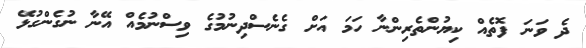
ދެ ވަނަ ފޮތެއް ކިޔުންތެރިންނާ ހަމަ އަށް ގެނެސްދިނުމުގެ ވިސްނުމެއް އޭނާ ނުގެންގުޅޭ